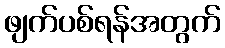
ဖျက်ပစ်ရန်အတွက်